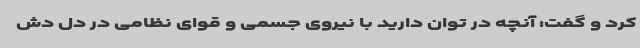
کرد و گفت: آنچه در توان دارید با نیروی جسمی و قوای نظامی در دل دش